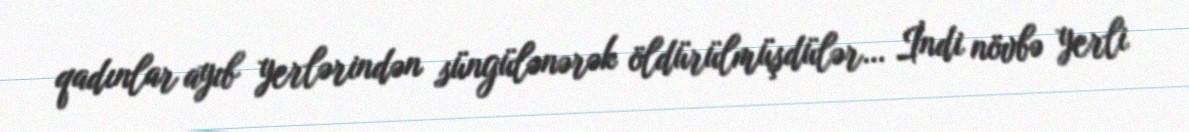
qadınlar ayıb yerlərindən süngülənərək öldürülmüşdülər… İndi növbə yerli